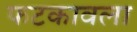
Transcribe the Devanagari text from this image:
फटकावला